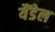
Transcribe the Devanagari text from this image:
यैंडेल